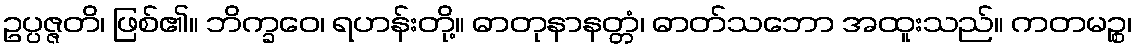
ဥပ္ပဇ္ဇတိ၊ ဖြစ်၏။ ဘိက္ခဝေ၊ ရဟန်းတို့။ ဓာတုနာနတ္တံ၊ ဓာတ်သဘော အထူးသည်။ ကတမဉ္စ၊